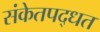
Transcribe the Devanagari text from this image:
संकेतपद्धत